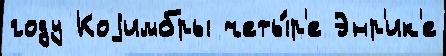
году Коjимбры четы́р'е Энр'ик'е